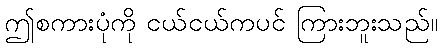
ဤစကားပုံကို ငယ်ငယ်ကပင် ကြားဘူးသည်။